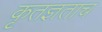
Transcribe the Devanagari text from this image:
कृतज्ञताच